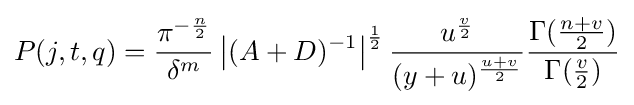
P(j,t,q)={\frac {\pi ^{-{\frac {n}{2}}}}{\delta ^{m}}}\left|(A+D)^{-1}\right|^{\frac {1}{2}}{\frac {u^{\frac {v}{2}}}{(y+u)^{\frac {u+v}{2}}}}{\frac {\Gamma ({\frac {n+v}{2}})}{\Gamma ({\frac {v}{2}})}}